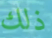
ذلك